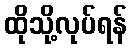
ထိုသို့လုပ်ရန်